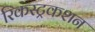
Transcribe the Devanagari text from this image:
रिकंस्ट्रकशन